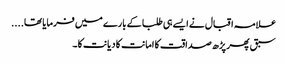
علامہ اقبال نے ایسے ہی طلبا کے بارے میں فرمایا تھا....
سبق پھر پڑھ صداقت کا امانت کا دیانت کا۔